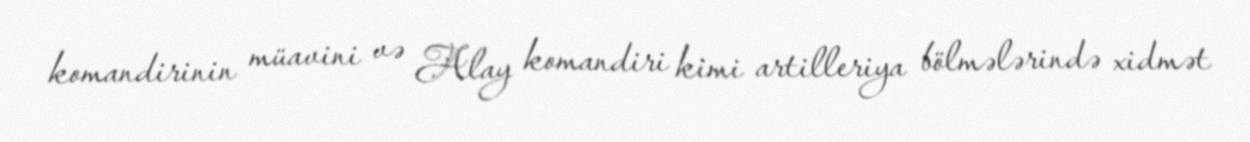
komandirinin müavini və Alay komandiri kimi artilleriya bölmələrində xidmət